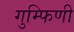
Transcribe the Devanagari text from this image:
गुम्फिणी